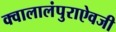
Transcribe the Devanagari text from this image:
क्वालालंपुराऐवजी